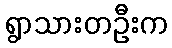
ရွာသားတဦးက